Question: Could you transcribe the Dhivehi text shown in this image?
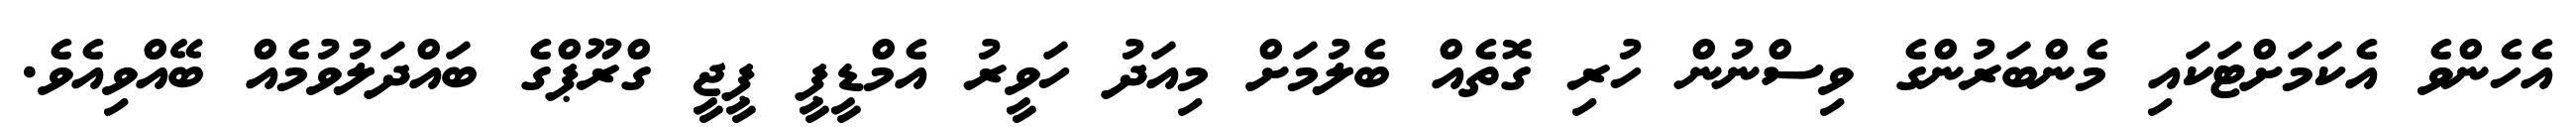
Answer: އެހެންވެ އެކަމަށްޓަކައި މެންބަރުންގެ ވިސްނުން ހުރި ގޮތެއް ބެލުމަށް މިއަދު ހަވީރު އެމްޑީޕީ ޕީޖީ ގްރޫޕްގެ ބައްދަލުވުމެއް ބޭއްވިއެވެ.